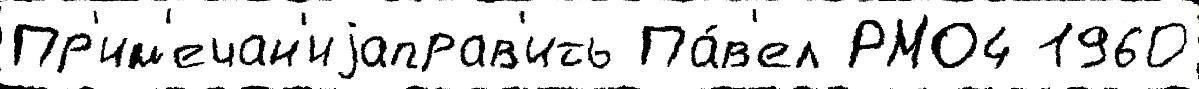
Пр'им'ечан'иjаправ'ить Па́в'ел РМО4 1960